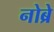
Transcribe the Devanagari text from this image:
नोब्रे